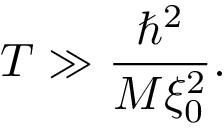
\begin{array} { c c c } { \displaystyle { T \gg \frac { \hbar ^ { 2 } } { M \xi _ { 0 } ^ { 2 } } . } } \end{array}